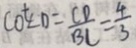
\cot \angle D = \frac { C D } { B C } = \frac { 4 } { 3 }